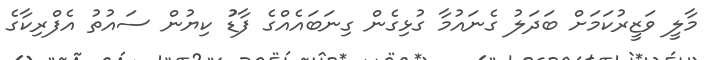
މާލީ ވަޒީރުކަމަށް ބަދަލު ގެނައުމާ ގުޅިގެން ގިނަބައެއްގެ ފާޑުު ކިޔުން ސައުތު އެފްރިކާގެ